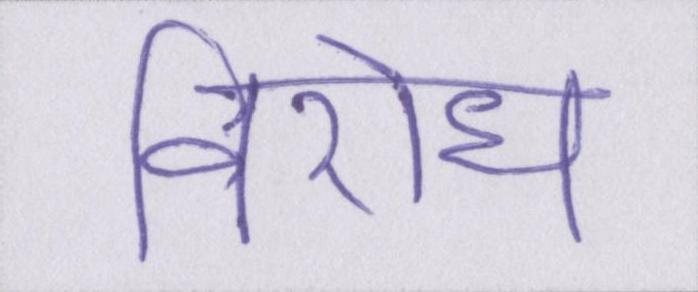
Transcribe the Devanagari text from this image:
विरोध